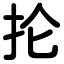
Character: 抡